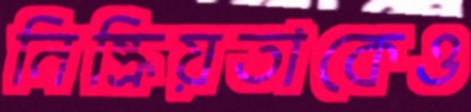
নিষ্ক্রিয়তাকেও